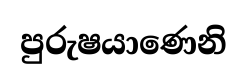
පුරුෂයාණෙනි